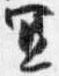
宜